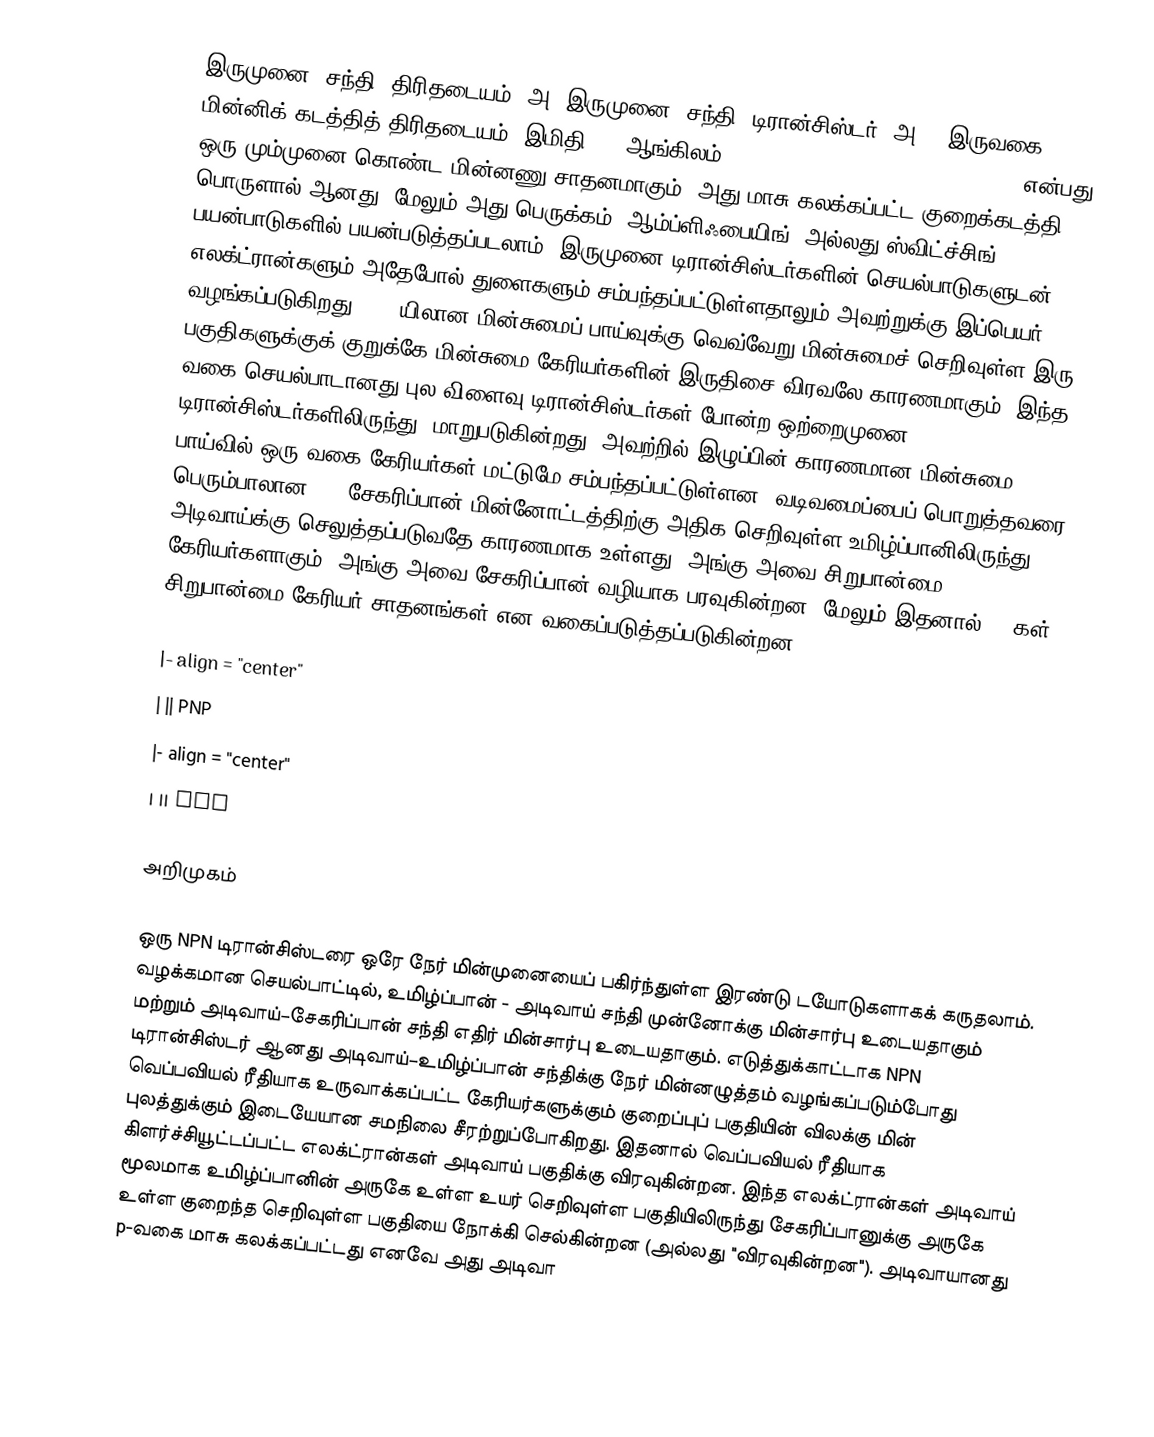
இருமுனை (சந்தி) திரிதடையம் (அ) இருமுனை (சந்தி) டிரான்சிஸ்டர் (அ) " இருவகை மின்னிக் கடத்தித் திரிதடையம் (இமிதி) " (ஆங்கிலம்: Bipolar Junction Transistor (BJT)) என்பது ஒரு மும்முனை கொண்ட மின்னணு சாதனமாகும். அது மாசு கலக்கப்பட்ட குறைக்கடத்தி பொருளால் ஆனது. மேலும் அது பெருக்கம் (ஆம்ப்ளிஃபையிங்) அல்லது ஸ்விட்ச்சிங் பயன்பாடுகளில் பயன்படுத்தப்படலாம். இருமுனை டிரான்சிஸ்டர்களின் செயல்பாடுகளுடன் எலக்ட்ரான்களும் அதேபோல் துளைகளும் சம்பந்தப்பட்டுள்ளதாலும் அவற்றுக்கு இப்பெயர் வழங்கப்படுகிறது. BJT யிலான மின்சுமைப் பாய்வுக்கு வெவ்வேறு மின்சுமைச் செறிவுள்ள இரு பகுதிகளுக்குக் குறுக்கே மின்சுமை கேரியர்களின் இருதிசை விரவலே காரணமாகும். இந்த வகை செயல்பாடானது புல-விளைவு டிரான்சிஸ்டர்கள் போன்ற ஒற்றைமுனை டிரான்சிஸ்டர்களிலிருந்து, மாறுபடுகின்றது. அவற்றில் இழுப்பின் காரணமான மின்சுமை பாய்வில் ஒரு வகை கேரியர்கள் மட்டுமே சம்பந்தப்பட்டுள்ளன. வடிவமைப்பைப் பொறுத்தவரை பெரும்பாலான BJT சேகரிப்பான் மின்னோட்டத்திற்கு அதிக செறிவுள்ள உமிழ்ப்பானிலிருந்து அடிவாய்க்கு செலுத்தப்படுவதே காரணமாக உள்ளது. அங்கு அவை சிறுபான்மை கேரியர்களாகும். அங்கு அவை சேகரிப்பான் வழியாக பரவுகின்றன. மேலும் இதனால் BJTகள் சிறுபான்மை-கேரியர் சாதனங்கள் என வகைப்படுத்தப்படுகின்றன.

|- align = "center"
|  || PNP
|- align = "center"
|  || NPN

அறிமுகம்

ஒரு NPN டிரான்சிஸ்டரை ஒரே நேர் மின்முனையைப் பகிர்ந்துள்ள இரண்டு டயோடுகளாகக் கருதலாம். வழக்கமான செயல்பாட்டில், உமிழ்ப்பான் - அடிவாய் சந்தி முன்னோக்கு மின்சார்பு உடையதாகும் மற்றும் அடிவாய்–சேகரிப்பான் சந்தி எதிர் மின்சார்பு உடையதாகும். எடுத்துக்காட்டாக NPN டிரான்சிஸ்டர் ஆனது அடிவாய்–உமிழ்ப்பான் சந்திக்கு நேர் மின்னழுத்தம் வழங்கப்படும்போது வெப்பவியல் ரீதியாக உருவாக்கப்பட்ட கேரியர்களுக்கும் குறைப்புப் பகுதியின் விலக்கு மின் புலத்துக்கும் இடையேயான சமநிலை சீரற்றுப்போகிறது. இதனால் வெப்பவியல் ரீதியாக கிளர்ச்சியூட்டப்பட்ட எலக்ட்ரான்கள் அடிவாய் பகுதிக்கு விரவுகின்றன. இந்த எலக்ட்ரான்கள் அடிவாய் மூலமாக உமிழ்ப்பானின் அருகே உள்ள உயர் செறிவுள்ள பகுதியிலிருந்து சேகரிப்பானுக்கு அருகே உள்ள குறைந்த செறிவுள்ள பகுதியை நோக்கி செல்கின்றன (அல்லது "விரவுகின்றன"). அடிவாயானது p-வகை மாசு கலக்கப்பட்டது எனவே அது அடிவா